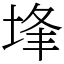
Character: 埄